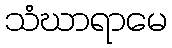
သံဃာရာမေ